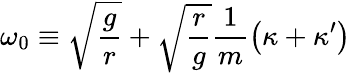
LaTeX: \omega_{0}\equiv\sqrt{\frac{g}{r}}+\sqrt{\frac{r}{g}}\frac{1}{m}\left(\kappa+\kappa^{\prime}\right)